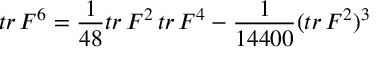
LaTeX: t r \, F ^ { 6 } = \frac { 1 } { 4 8 } t r \, F ^ { 2 } \, t r \, F ^ { 4 } - \frac { 1 } { 1 4 4 0 0 } ( t r \, F ^ { 2 } ) ^ { 3 }